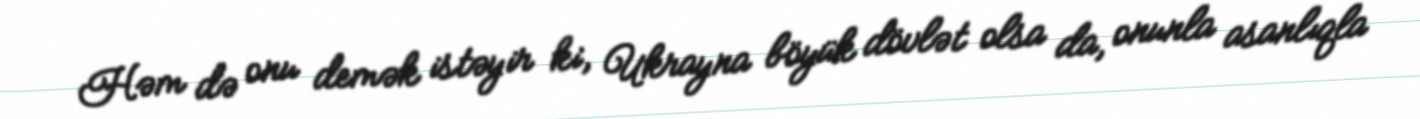
Həm də onu demək istəyir ki, Ukrayna böyük dövlət olsa da, onunla asanlıqla